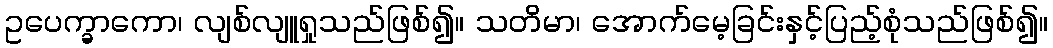
ဥပေက္ခာကော၊ လျစ်လျူရှုသည်ဖြစ်၍။ သတိမာ၊ အောက်မေ့ခြင်းနှင့်ပြည့်စုံသည်ဖြစ်၍။